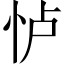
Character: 𱞋